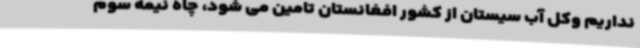
نداریم وکل آب سیستان از کشور افغانستان تامین می شود، چاه نیمه سوم